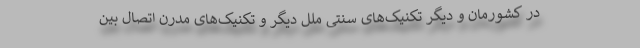
در کشورمان و دیگر تکنیک‌های سنتی ملل دیگر و تکنیک‌های مدرن اتصال بین